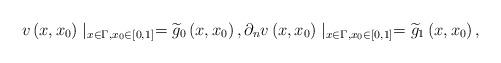
LaTeX: \begin{align*}v\left( x,x_{0}\right) \mid _{x\in \Gamma ,x_{0}\in \left[ 0,1\right] }=\widetilde{g}_{0}\left( x,x_{0}\right) ,\partial _{n}v\left( x,x_{0}\right)\mid _{x\in \Gamma ,x_{0}\in \left[ 0,1\right] }=\widetilde{g}_{1}\left(x,x_{0}\right) , \end{align*}